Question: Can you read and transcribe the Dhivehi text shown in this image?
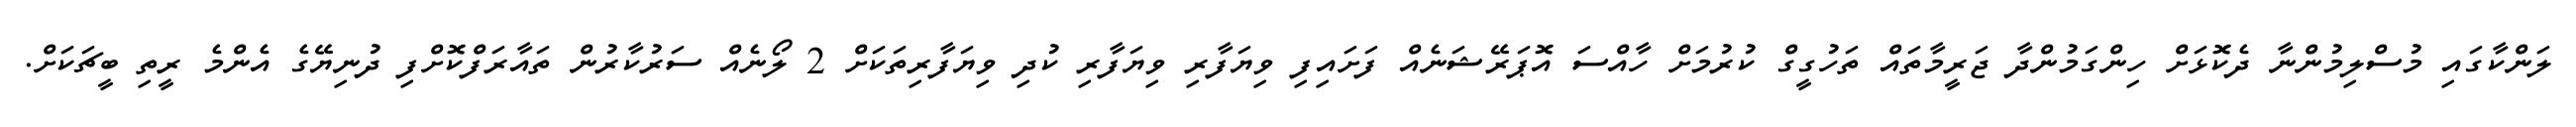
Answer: ލަންކާގައި މުސްލިމުންނާ ދެކޮޅަށް ހިންގަމުންދާ ޖަރީމާތައް ތަހުގީގް ކުރުމަށް ހާއްސަ އޮޕަރޭޝަނެއް ފަށައިފި ވިޔަފާރި ވިޔަފާރި ކުދި ވިޔަފާރިތަކަށް 2 ލޯނެއް ސަރުކާރުން ތައާރަފްކޮށްފި ދުނިޔޭގެ އެންމެ ރީތި ބީޗަކަށް.